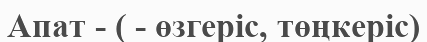
Апат - ( - өзгеріс, төңкеріс)